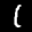
Label: 1